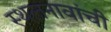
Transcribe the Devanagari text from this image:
स्थलनावांची